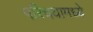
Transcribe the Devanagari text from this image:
परिचयामध्ये